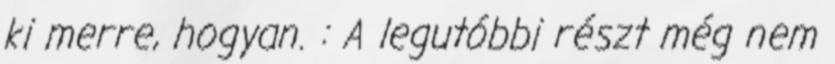
ki merre, hogyan. : A legutóbbi részt még nem